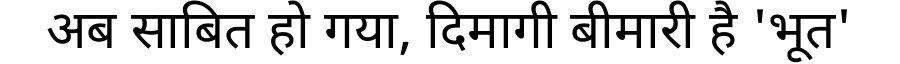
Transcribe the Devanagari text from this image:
अब साबित हो गया, दिमागी बीमारी है 'भूत'